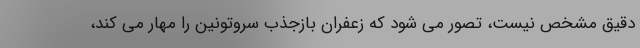
دقیق مشخص نیست، تصور می شود که زعفران بازجذب سروتونین را مهار می کند،